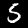
Label: 5